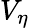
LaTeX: V_{\eta}